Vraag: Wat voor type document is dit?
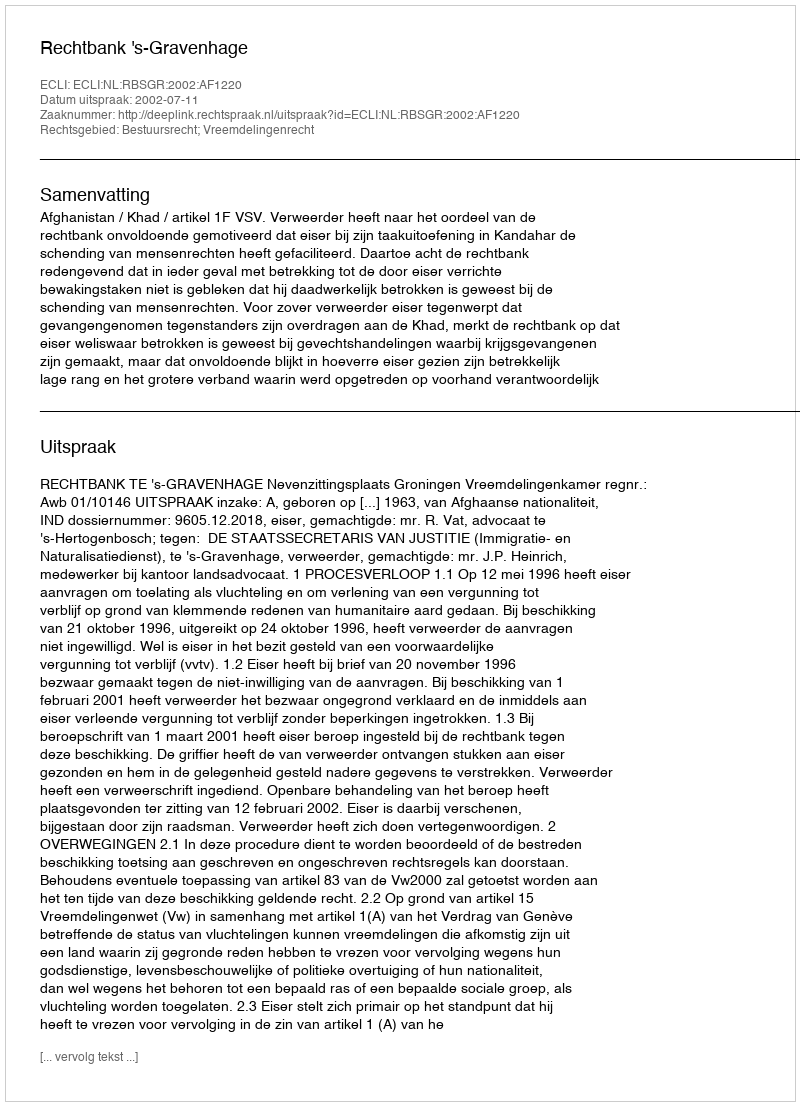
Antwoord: Uitspraak